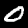
Digit: 0